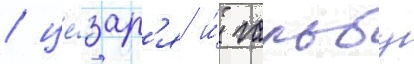
/ це́зар'я и́ гальбу